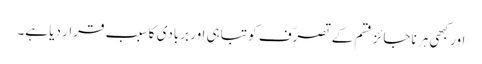
اور کبھی ہر ناجائز قسم کے تصرّف کو تباہی اور بربادی کا سبب قرار دیا ہے۔